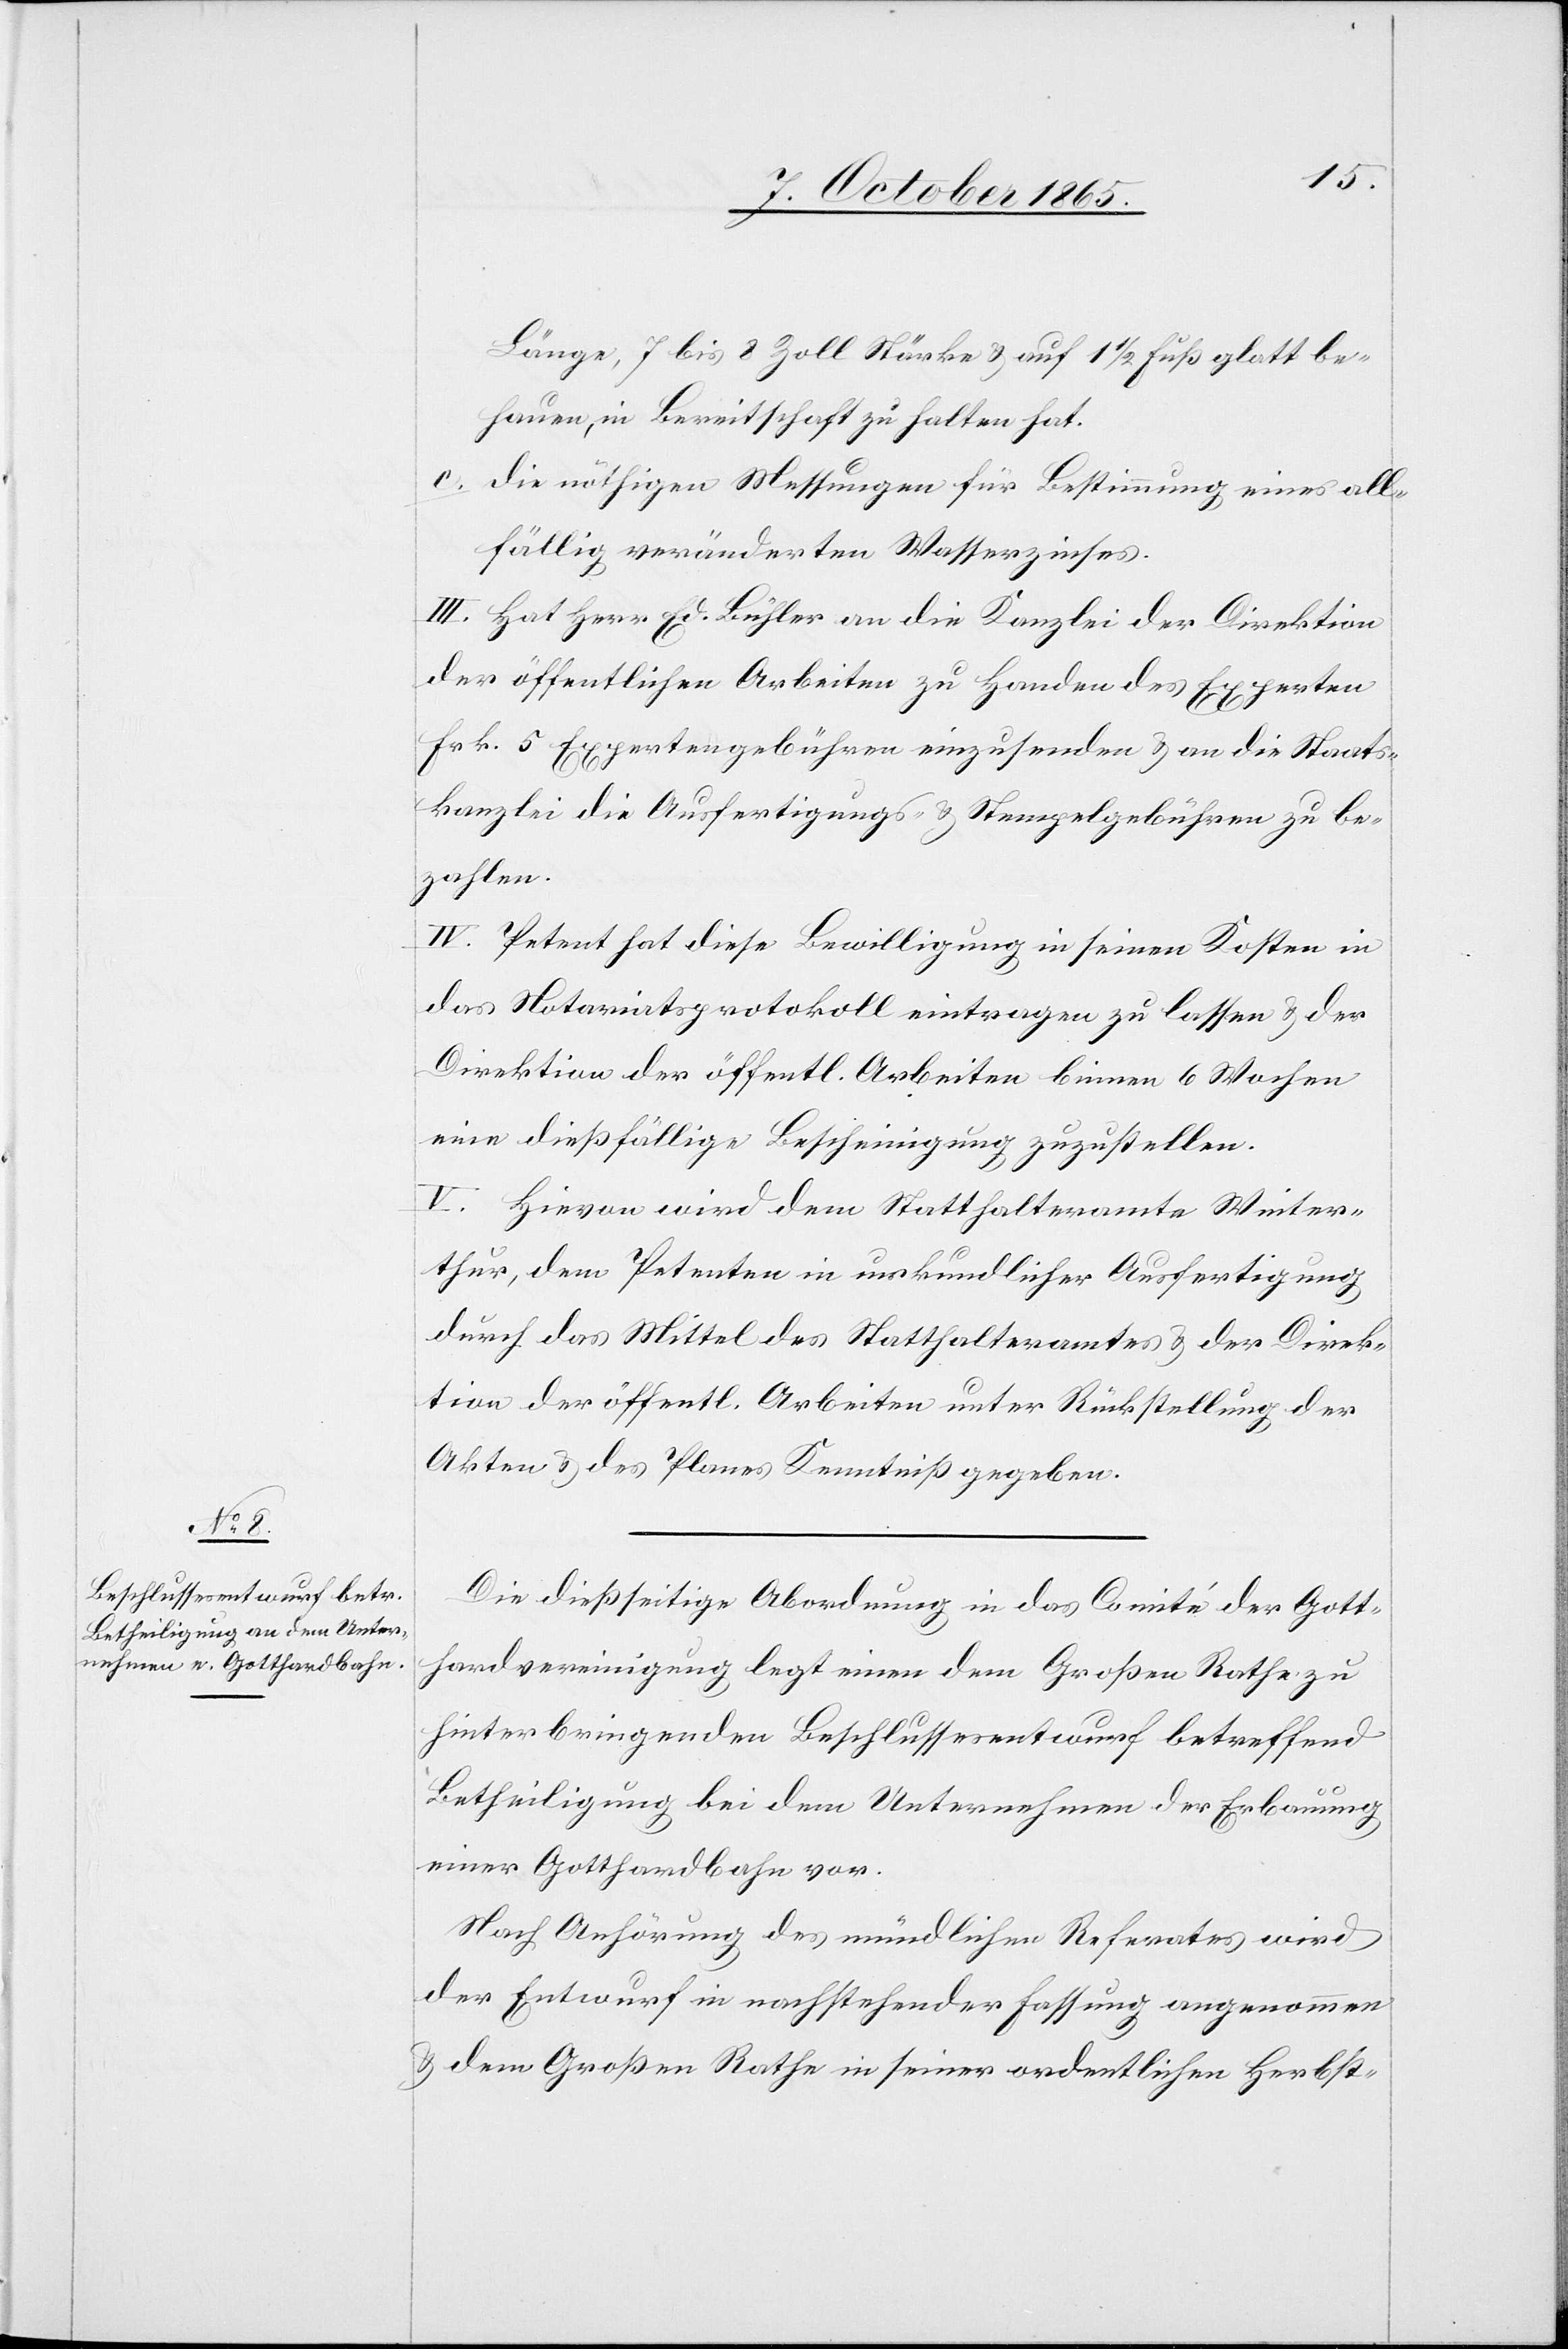
Länge, 7 bis 8 Zoll Stärke & auf 1 1/2 Fuß glatt be¬
hauen, in Bereitschaft zu halten hat.
c. Die nöthigen Messungen für Bestimmung eines all¬
fällig veränderten Wasserzinses.
III. Hat Herr Ed. Bühler an die Kanzlei der Direktion
der öffentlichen Arbeiten zu Handen des Experten
Frk. 5 Expertengebühren einzusenden & an die Staats¬
kanzlei die Ausfertigungs- & Stempelgebühren zu be¬
zahlen.
IV. Petent hat diese Bewilligung in seinen Kosten in
das Notariatsprotokoll eintragen zu lassen & der
Direktion der öffentl. Arbeiten binnen 6 Wochen
eine dießfällige Bescheinigung zuzustellen.
V. Hievon wird dem Statthalteramte Winter¬
thur, dem Petenten in urkundlicher Ausfertigung
durch das Mittel des Statthalteramtes & der Direk¬
tion der öffentl. Arbeiten unter Rückstellung der
Akten & des Planes Kenntniß gegeben.
Die dießseitige Abordnung in das Comité der Gott¬
hardvereinigung legt einen dem Großen Rathe zu
hinterbringenden Beschlussesentwurf betreffend
Betheiligung bei dem Unternehmen der Erbauung
einer Gotthardbahn vor.
Nach Anhörung des mündlichen Referates wird
der Entwurf in nachstehender Fassung angenommen
& dem Großen Rathe in seiner ordentlichen Herbst-